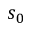
s _ { 0 }